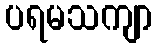
ပရမသကျာ